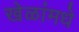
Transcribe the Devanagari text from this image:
खेळांमधे